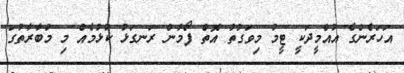
އަހަރެންގެ އުއްމީދަކީ ޓީމު މިވަގުތު އޮތް ފޯމުން ރަނގަޅު ކުޅުމެއް މި މުބާރާތުގަ